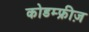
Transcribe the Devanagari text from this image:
कोडम्फ्रीज़